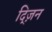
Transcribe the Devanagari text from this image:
द्ज़िन